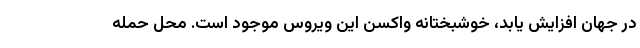
در جهان افزایش یابد، خوشبختانه واکسن این ویروس موجود است. محل حمله